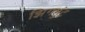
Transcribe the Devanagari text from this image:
झिगमुंट